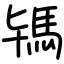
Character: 駂